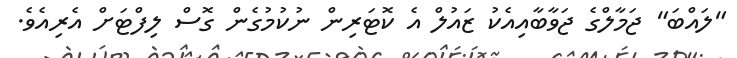
"ލައްބަ" ޖަމާލްގެ ޖަވާބާއިއެކު ޒައުލް އެ ކޮޓަރިން ނުކުމުގެން ގޮސް ލިފްޓަށް އެރިއެވެ.